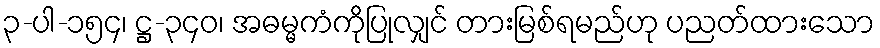
၃-ပါ-၁၅၄၊ ဋ္ဌ-၃၄၀၊ အဓမ္မကံကိုပြုလျှင် တားမြစ်ရမည်ဟု ပညတ်ထားသော